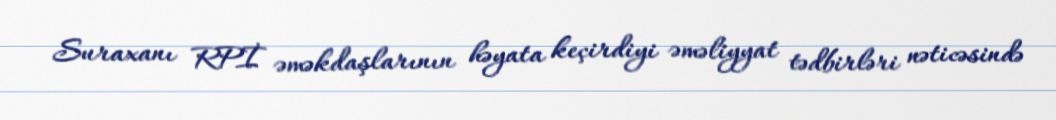
Suraxanı RPİ əməkdaşlarının həyata keçirdiyi əməliyyat tədbirləri nəticəsində